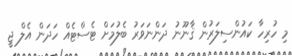
މި ހުރިހާ ކައުންސިލަރުން ޤާނޫނު ދަންނަވަރު ބެލުމަށް ޓެސްޓެއް ހަދަން އެލް ޖީ